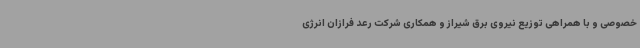
خصوصی و با همراهی توزیع نیروی برق شیراز و همکاری شرکت رعد فرازان انرژی